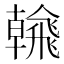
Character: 𩙶